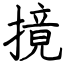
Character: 摬